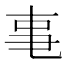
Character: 𪜃